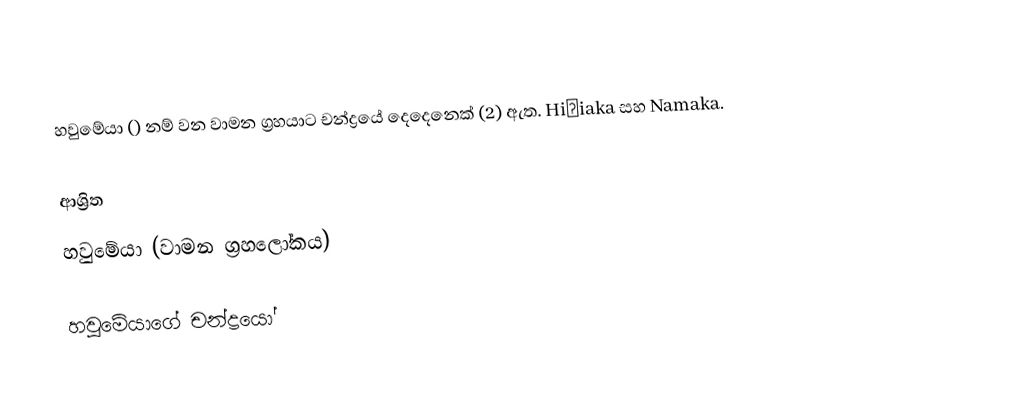
හවුමේයා () නම් වන වාමන ග්‍රහයාට චන්ද්‍රයේ දෙදෙනෙක් (2) ඇත. Hiʻiaka සහ Namaka.

ආශ්‍රිත
 හවුමේයා (වාමන ග්‍රහලෝකය)

හවුමේයාගේ චන්ද්‍රයෝ